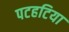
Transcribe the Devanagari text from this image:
पटहटिया